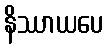
နိဿာယပေ